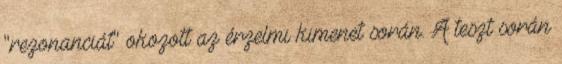
"rezonanciát" okozott az érzelmi kimenet során. A teszt során